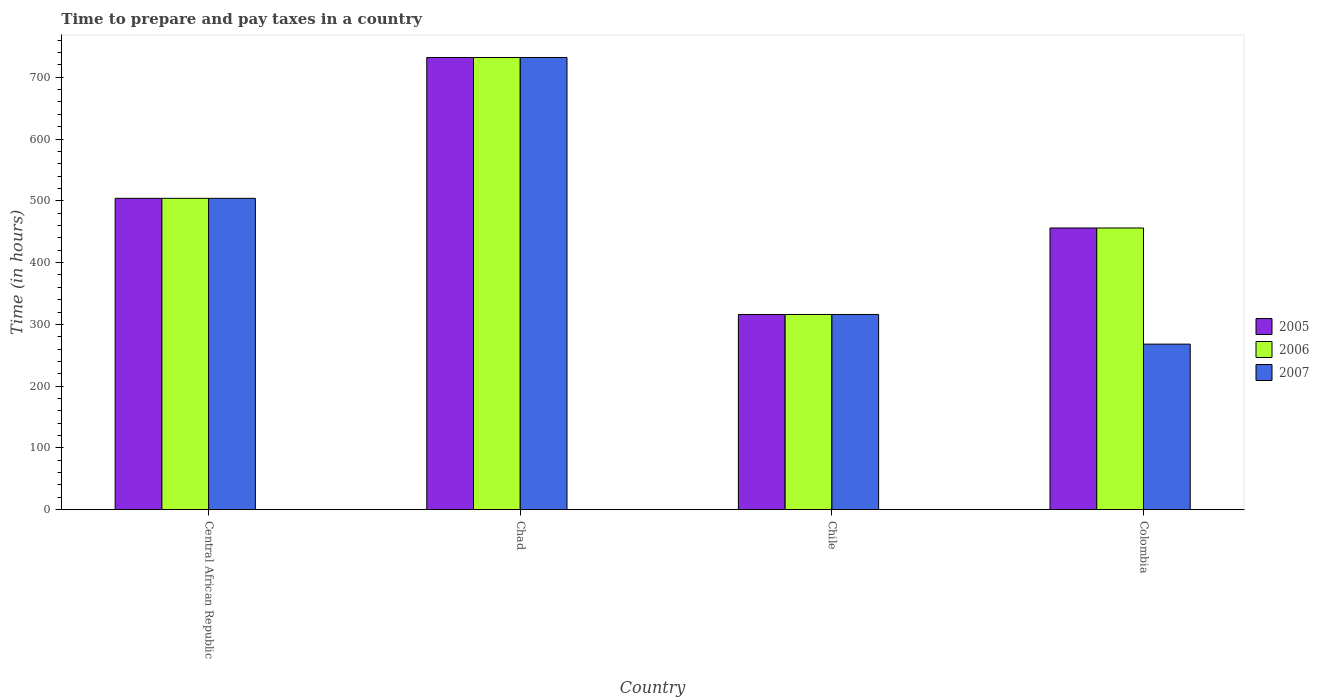
| Country | 2005 | 2006 | 2007 |
 | --- | --- | --- | --- |
 | Central African Republic | 504 | 504 | 504 |
 | Chad | 732 | 732 | 732 |
 | Chile | 316 | 316 | 316 |
 | Colombia | 456 | 456 | 268 |